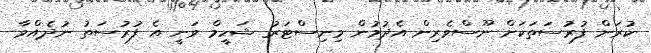
ކުރަން ފުރުސަތަކަށް ނޫސްވެރިން އެދުމުން މިނިސްޓަރު ޝަހީމް ވަނީ އެ ފުރުސަތު ނުދެއްވާ